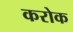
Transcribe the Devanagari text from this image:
करोक